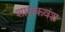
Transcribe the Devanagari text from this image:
शासकवंश